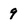
Character: 9